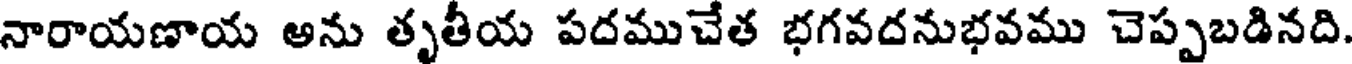
నారాయణాయ అను తృతీయ పదముచేత భగవదనుభవము చెప్పబడినది.